Senior Leaving Certificate Examination (including Day School Certificate (Higher) General paper), 1947
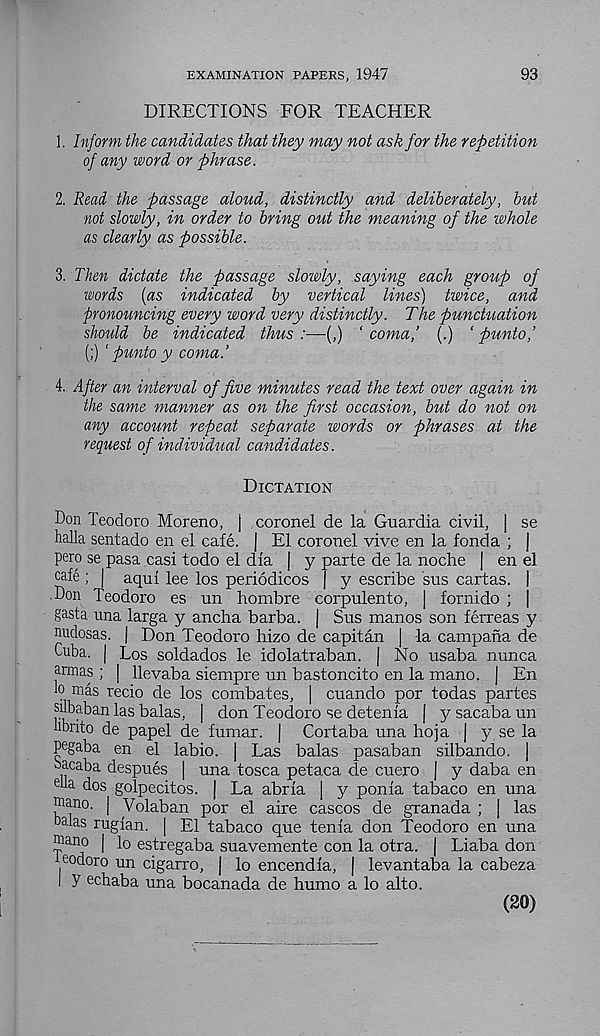
EXAMINATION PAPERS, 1947
93
DIRECTIONS FOR TEACHER
1. Inform the candidates that they may not ask for the repetition
of any word or phrase.
2. Read the passage aloud, distinctly and deliberately, but
not slowly, in order to bring out the meaning of the whole
as clearly as possible.
3. Then dictate the passage slowly, saying each group of
words {as indicated by vertical lines) twice, and
pronouncing every word very distinctly. The punctuation
should be indicated thus :—(,) ‘ coma,’ (.) ‘ puntof
(;) ‘ punto y coma.’
4. After an interval of five minutes read the text over again in
the same manner as on the first occasion, but do not on
any account repeat separate words or phrases at the
request of individual candidates.
Dictation
Don Teodoro Moreno, j coronel de la Guardia civil, | se
halla sentado en el cafe, j El coronel vive en la fonda ; j
pero se pasa casi todo el dia j y parte de la noche j en el
cafe ; | aqui lee los periodicos J y escribe sus cartas. I
Don Teodoro es un hombre corpulento, | fornido ; |
gasta una larga y ancha barba. j Sus manos son ferreas y
nudosas. | Don Teodoro hizo de capitan | la campana de
Cuba, j Los soldados le idolatraban. j No usaba nunca
armas ; | llevaba siempre un bastoncito en la mano. j En
lo mas recio de los combates, | cuando por todas partes
subaban las balas, J don Teodoro se detenia | y sacaba un
hbrito de papel de fumar. | Cortaba una hoja j y se la
pegaba en el labio. j Las balas pasaban silbando. J
oacaba despues | una tosca petaca de cuero | y daba en
dla dos golpecitos. | La abria | y ponia tabaco en una
mano. J Volaban por el aire cascos de granada ; j las
balas rugian. | El tabaco que tenia don Teodoro en una
niano J lo estregaba suavemente con la otra. j Liaba don
eodoro un cigarro, | lo encendia, j levantaba la cabeza
I y echaba una bocanada de humo a lo alto.
(20)